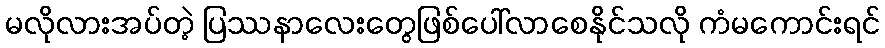
မလိုလားအပ်တဲ့ ပြဿနာလေးတွေဖြစ်ပေါ်လာစေနိုင်သလို ကံမကောင်းရင်